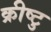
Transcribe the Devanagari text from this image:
क्रीष्टु